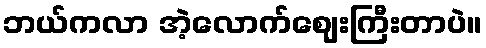
ဘယ်ကလာ အဲ့လောက်ဈေးကြီးတာပဲ။